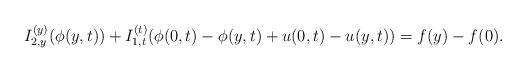
LaTeX: \begin{align*}I_{2,y}^{(y)}(\phi (y,t)) + I_{1,t}^{(t)}(\phi (0,t) - \phi (y,t) + u(0,t) - u(y,t)) = f(y) - f(0).\end{align*}